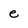
Character: e